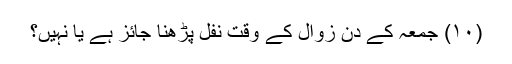
(۱۰) جمعہ کے دن زوال کے وقت نفل پڑھنا جائز ہے یا نہیں؟